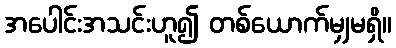
အပေါင်းအသင်းဟူ၍ တစ်ယောက်မျှမရှိ။